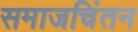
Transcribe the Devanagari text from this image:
समाजचिंतन